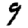
Digit: 9